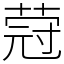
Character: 蒄